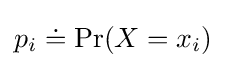
p_{i}\doteq \Pr(X=x_{i})